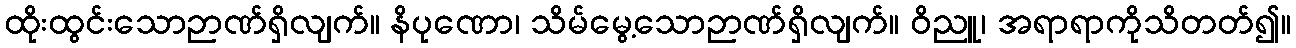
ထိုးထွင်းသောဉာဏ်ရှိလျက်။ နိပုဏော၊ သိမ်မွေ့သောဉာဏ်ရှိလျက်။ ဝိညူ၊ အရာရာကိုသိတတ်၍။